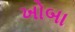
ખોબા